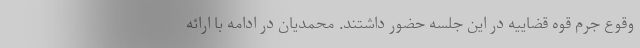
وقوع جرم قوه قضاییه در این جلسه حضور داشتند. محمدیان در ادامه با ارائه